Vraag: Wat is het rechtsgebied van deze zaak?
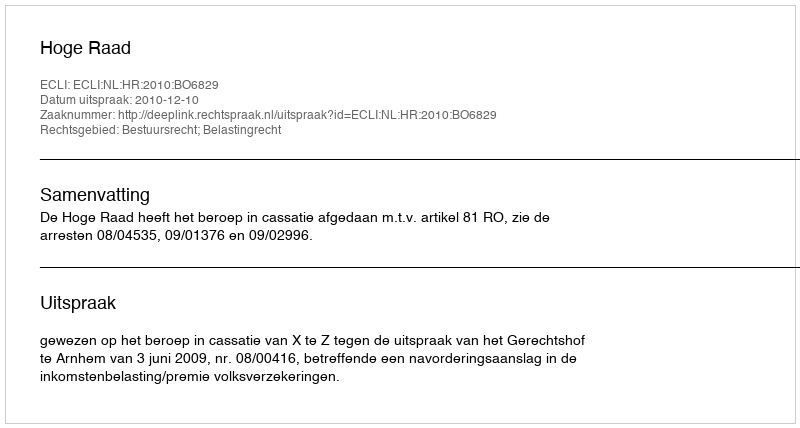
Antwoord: Bestuursrecht; Belastingrecht